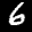
Label: 6